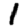
Digit: 1